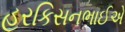
હરકિસનભાઈએ